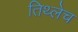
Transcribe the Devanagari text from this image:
तिथ्लेच